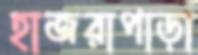
হাজরাপাড়া